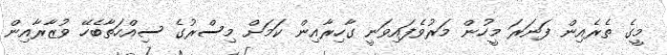
މީގެ ތެރެއިން ފަނަރަ މީހުން މަރުވެފައިވަނީ ގާހިރާއިން ކަމަށް މިސްރުގެ ސިއްހަތާބެހޭ ވުޒާރާއިން